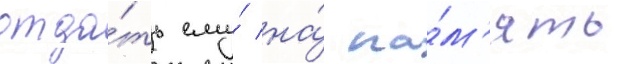
отда́ть ему́ на́ па́м'ять